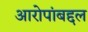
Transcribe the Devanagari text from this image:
आरोपांबद्दल